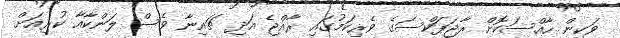
ވަކިން ހާއްސަކޮށް ރާޖަޕަކްސަގެ ވެރިކަމުގައި ރާއްޖެ އަދި ޗައިނާ ވެސް ލަންކާއާ ކުރިއަށް